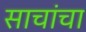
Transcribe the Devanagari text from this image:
साचांचा